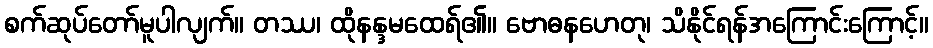
စက်ဆုပ်တော်မူပါလျက်။ တဿ၊ ထိုနန္ဒမထေရ်၏။ ဗောဓနဟေတု၊ သိနိုင်ရန်အကြောင်းကြောင့်။